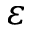
\varepsilon